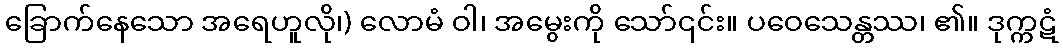
ခြောက်နေသော အရေဟူလို၊) လောမံ ဝါ၊ အမွေးကို သော်၎င်း။ ပဝေသေန္တဿ၊ ၏။ ဒုက္ကဋံ